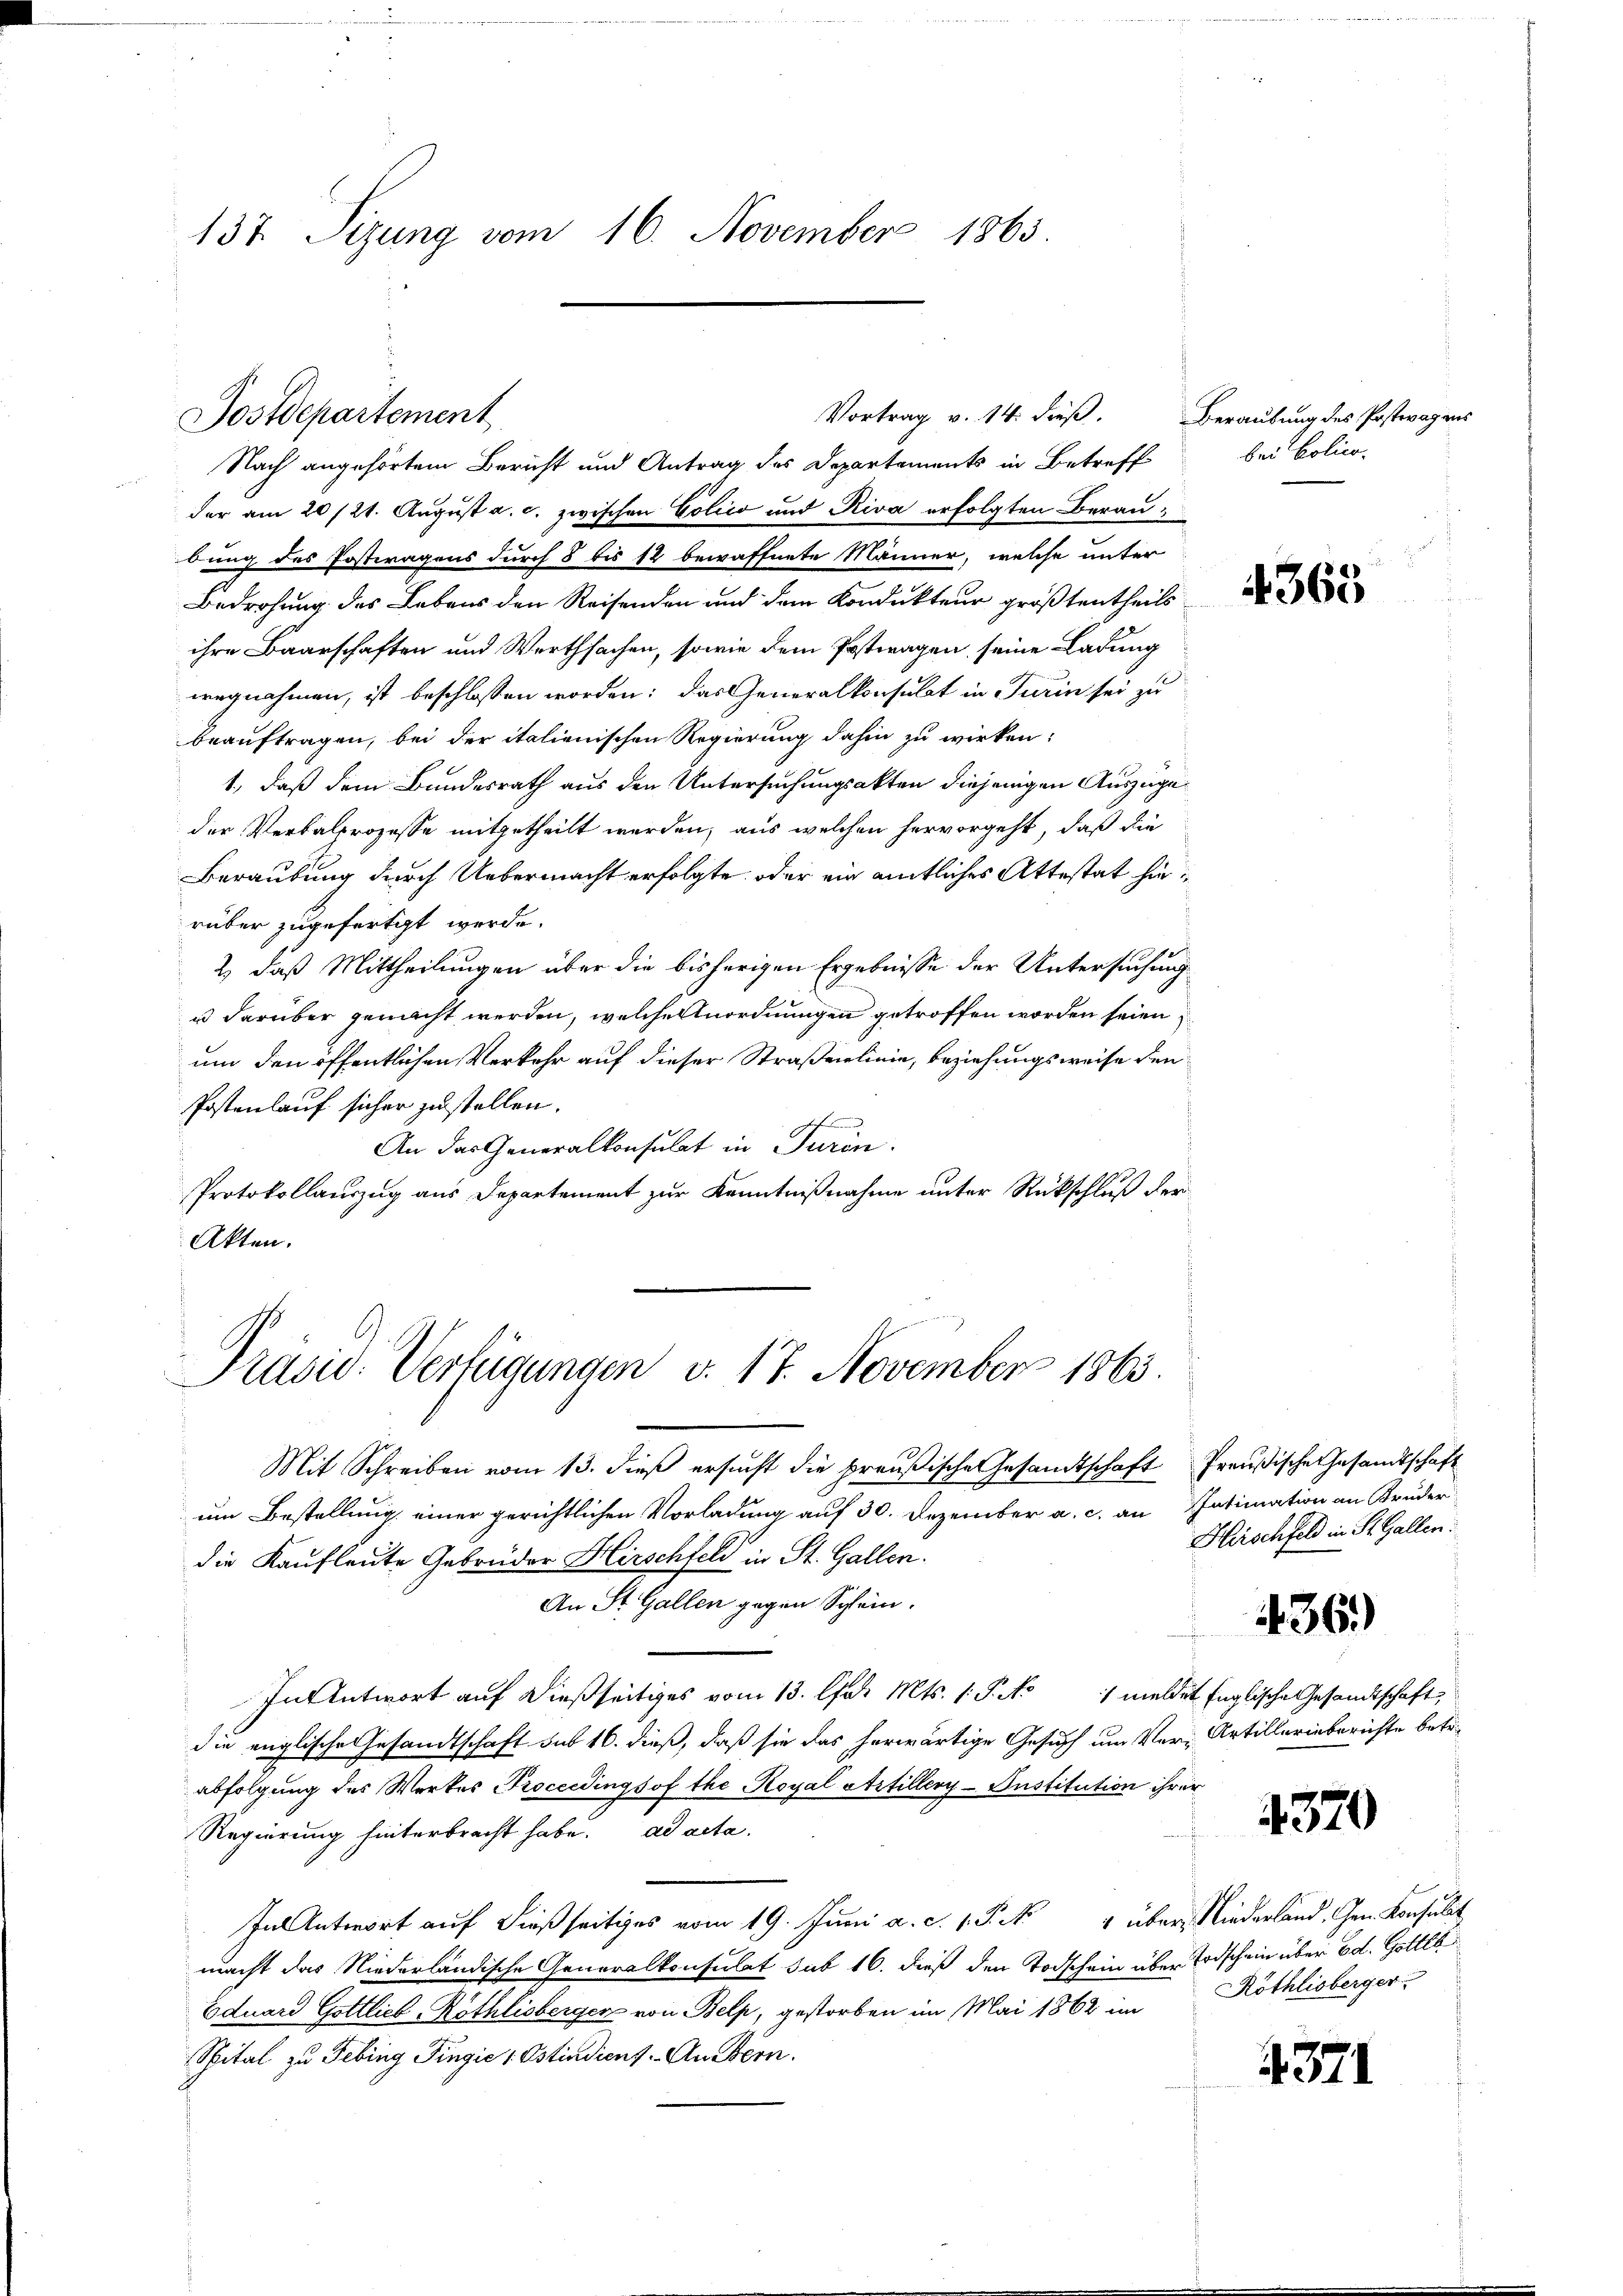
137. Sizung vom 16. November 1863.

Nach angehörtem Bericht und Antrag des Departements in Betreff
der am 20/21. August a. c. zwischen Colico und Riva erfolgten Beraubung des Postwagens durch 8 bis 12 bewaffnete Männer, welche unter
Bedrohung des Lebens den Reisenden und dem Kondukteur größtentheils
ihre Baarschaften und Werthsachen, sowie dem Petragen, seine Ladung
wegnehmen, ist beschlossen worden: das Generalkonsulat in Turin sei zu
beauftragen, bei der italienischen Regierung dahin zu wirken:
1., daß dem Bundesrath aus den Untersuchungsakten diejenigen Auszugeder Verbalprozesse mitgetheilt werden, aus welchen hervorgeht, daß die
Beraubung durch Uebermacht erfolgte oder ein amtliches Attestat hierüber zugefertigt werde.
2, daß Mittheilungen über die bisherigen Ergebnisse der Untersuchung
u darüber gemacht werden, welche Anordnungen getroffen worden seien
um den öffentlichen Verkehr auf dieser Straßenlinie, beziehungsweise den
Postenlauf sicher zustellen.
An das Generalkonsulat in Turin.
Protokollauszug aus Departement zur Kenntnißnahme unter Rückschluß der
Akten.

Postdepartement

Vortrag v. 14. dieß.

Präsid. Verfügungen v. 17. November 1863.

Mit Schreiben vom 13. dieß ersucht die preußische Gesandtschaft Preußische Gesandtschaft
um Bestellung einer gerichtlichen Vorladung auf 30. Dezember a. c. an Intimation an Bruder
die Kaufleute Gebrüder Hirschfeld in St. Gallen.
An St. Gallen gegen Schein.
In Antwort auf dießseitiges vom 13. Chur Mts. 1. P. No 1 meldet Englische Gesandtschaft,
die englische Gesandtschaft sub 16. dieß, daß sie das herwärtige Gesuch um Ver-Artillerinberichte betr.
abfolgung des Werkes Proceedingsof the Royal Artillery-Institution ihrer
Regierung hinterbracht habe. ad acta.
In Antwort auf dießseitiges vom 19. Juni a. c. 1. P. Nr. 4 über, Niederland. Gen. Konsult
macht das Niederländische Generalkonsulat sub 16. dieß den Todschein über Todschein über Ed. Gottl
Eduard Gottlieb Röthlisberger von Belp, gestorben im Mai 1862 im Röthlisberger-
Spital zu Febing Fingić, Ostindient. An Bern.

Beraubung des Postwagens
bei Polico-

4363

Hirschfeld in St. Gallen:

436.)

4370

4371